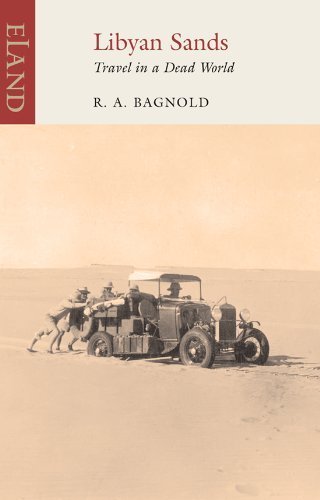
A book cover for Libyan Sands: Travel in a Dead World by R.A. Bagnold (2010) Paperback; Travel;